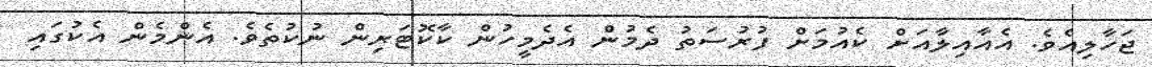
ޖަހާލިއެވެ. އެއާއިލާއަށް ކެއުމަށް ފުރުސަތު ދެމުން އެދެމީހުން ކާކޮޓަރިން ނުކުތެވެ. އެންމެން އެކުގައި